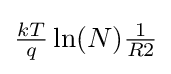
{\tfrac {kT}{q}}\ln(N){\tfrac {1}{R2}}